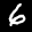
Label: 6